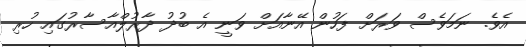
އެވެ. ނަމަވެސް ވަރަަށް ފަހުން އޭނާއަށް ވަނީ އެ ބުދު ދާރުލްއާސާރުގައި ހުރި